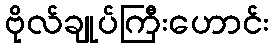
ဗိုလ်ချုပ်ကြီးဟောင်း